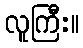
လူကြီး။